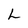
Character: L